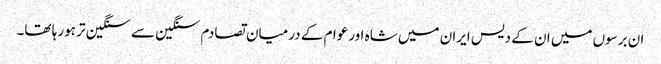
ان برسوں میں ان کے دیس ایران میں شاہ اورعوام کے درمیان تصادم سنگین سے سنگین تر ہورہا تھا۔